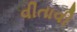
વીતાવી